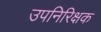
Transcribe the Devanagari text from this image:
उपनिरिक्षक